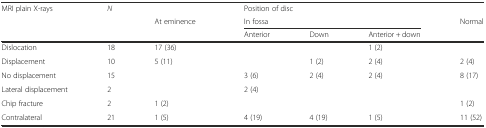
<table><thead><tr><td rowspan="3"><b>MRI plain X-rays</b></td><td rowspan="3"><b><i>N</i></b></td><td></td><td colspan="3"><b>Position of disc</b></td><td></td></tr><tr><td rowspan="2"><b>At eminence</b></td><td colspan="3"><b>In fossa</b></td><td rowspan="2"><b>Normal</b></td></tr><tr><td><b>Anterior</b></td><td><b>Down</b></td><td><b>Anterior + down</b></td></tr></thead><tbody><tr><td>Dislocation</td><td>18</td><td>17 (36)</td><td></td><td></td><td>1 (2)</td><td></td></tr><tr><td>Displacement</td><td>10</td><td>5 (11)</td><td></td><td>1 (2)</td><td>2 (4)</td><td>2 (4)</td></tr><tr><td>No displacement</td><td>15</td><td></td><td>3 (6)</td><td>2 (4)</td><td>2 (4)</td><td>8 (17)</td></tr><tr><td>Lateral displacement</td><td>2</td><td></td><td>2 (4)</td><td></td><td></td><td></td></tr><tr><td>Chip fracture</td><td>2</td><td>1 (2)</td><td></td><td></td><td></td><td>1 (2)</td></tr><tr><td>Contralateral</td><td>21</td><td>1 (5)</td><td>4 (19)</td><td>4 (19)</td><td>1 (5)</td><td>11 (52)</td></tr></tbody></table>